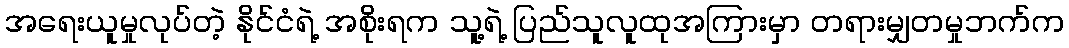
အရေးယူမှုလုပ်တဲ့ နိုင်ငံရဲ့ အစိုးရက သူ့ရဲ့ ပြည်သူလူထုအကြားမှာ တရားမျှတမှုဘက်က